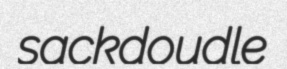
sackdoudle